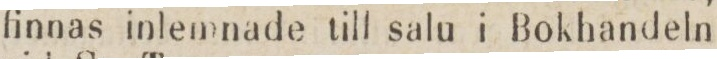
finnas inlemnade till salu i Bokhandeln